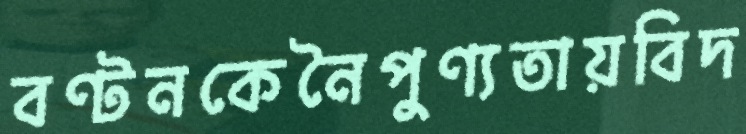
বণ্টনকেনৈপুণ্যতায়বিদ